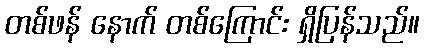
တစ်ဖန် နောက် တစ်ကြောင်း ရှိပြန်သည်။